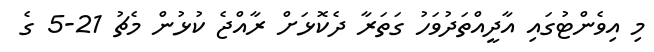
މި އިވެންޓުގައި އާދީއްތަދުވަހު ގަތަރާ ދެކޮޅަށް ރާއްޖެ ކުޅުން މެޗު 21-5 ގެ